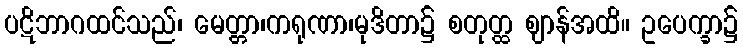
ပဋိဘာဂထင်သည်၊ မေတ္တာ၊ကရုဏာ၊မုဒိတာ၌ စတုတ္ထ ဈာန်အထိ။ ဥပေက္ခာ၌